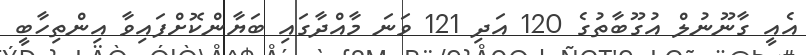
އެއީ ގާނޫނުލް އުގޫބާތުގެ 120 އަދި 121 ވަނަ މާއްދާގައި ބަޔާންކޮށްފައިވާ އިންތިހާބީ